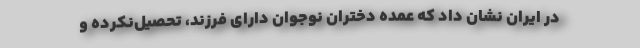
در ایران نشان داد که عمده دختران نوجوان دارای فرزند، تحصیل‌نکرده و